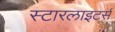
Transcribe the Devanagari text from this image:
स्टारलाइटर्स